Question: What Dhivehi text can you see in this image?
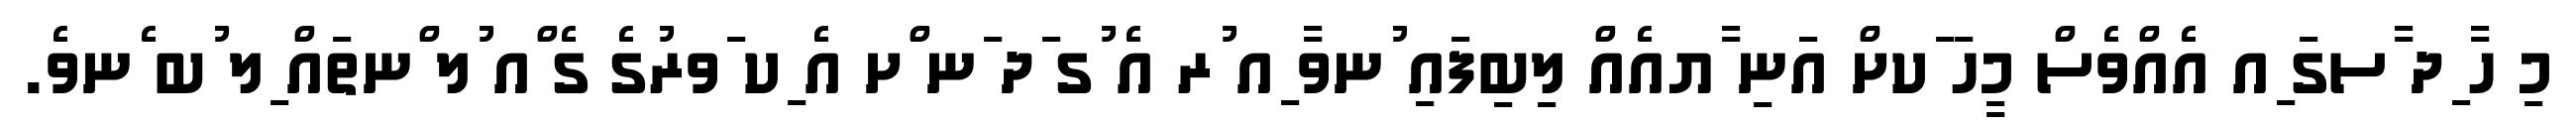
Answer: މި ހާ ިދ ާސގަ ިއ އެއްވެސް މީހަ ަކށް އަނި ާޔއެއް ލިބިފައި ުނވާ ިއ ުރ އެ ުގ ަދ ަނ ްށ އެ ިކ ަވރުގެ ގެ ްއ ުލ ްނތައް ިލ ުބ ެނވެ.